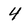
Character: 4